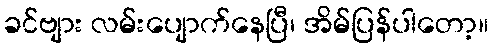
ခင်ဗျား လမ်းပျောက်နေပြီ၊ အိမ်ပြန်ပါတော့။